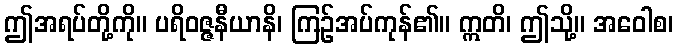
ဤအရပ်တို့ကို။ ပရိဝဇ္ဇနီယာနိ၊ ကြဉ်အပ်ကုန်၏။ ဣတိ၊ ဤသို့။ အဝေါစ၊